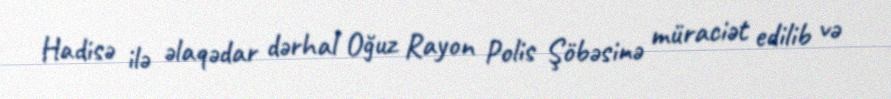
Hadisə ilə əlaqədar dərhal Oğuz Rayon Polis Şöbəsinə müraciət edilib və